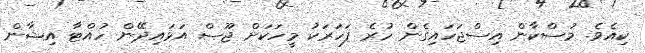
ކިއެވެ. މުސްކާން އިސްޖަހައިގެން ހުރެ ފަހަރަކު މީހަކަށް ޖޫސް އަޅައިދޭން ހުއްޓާ އިޝާން